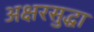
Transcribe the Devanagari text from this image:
अक्षरसुद्धा